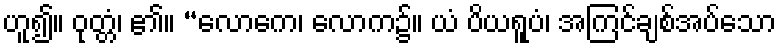
ဟူ၍။ ဝုတ္တံ၊ ၏။ “လောကေ၊ လောက၌။ ယံ ပိယရူပံ၊ အကြင်ချစ်အပ်သော